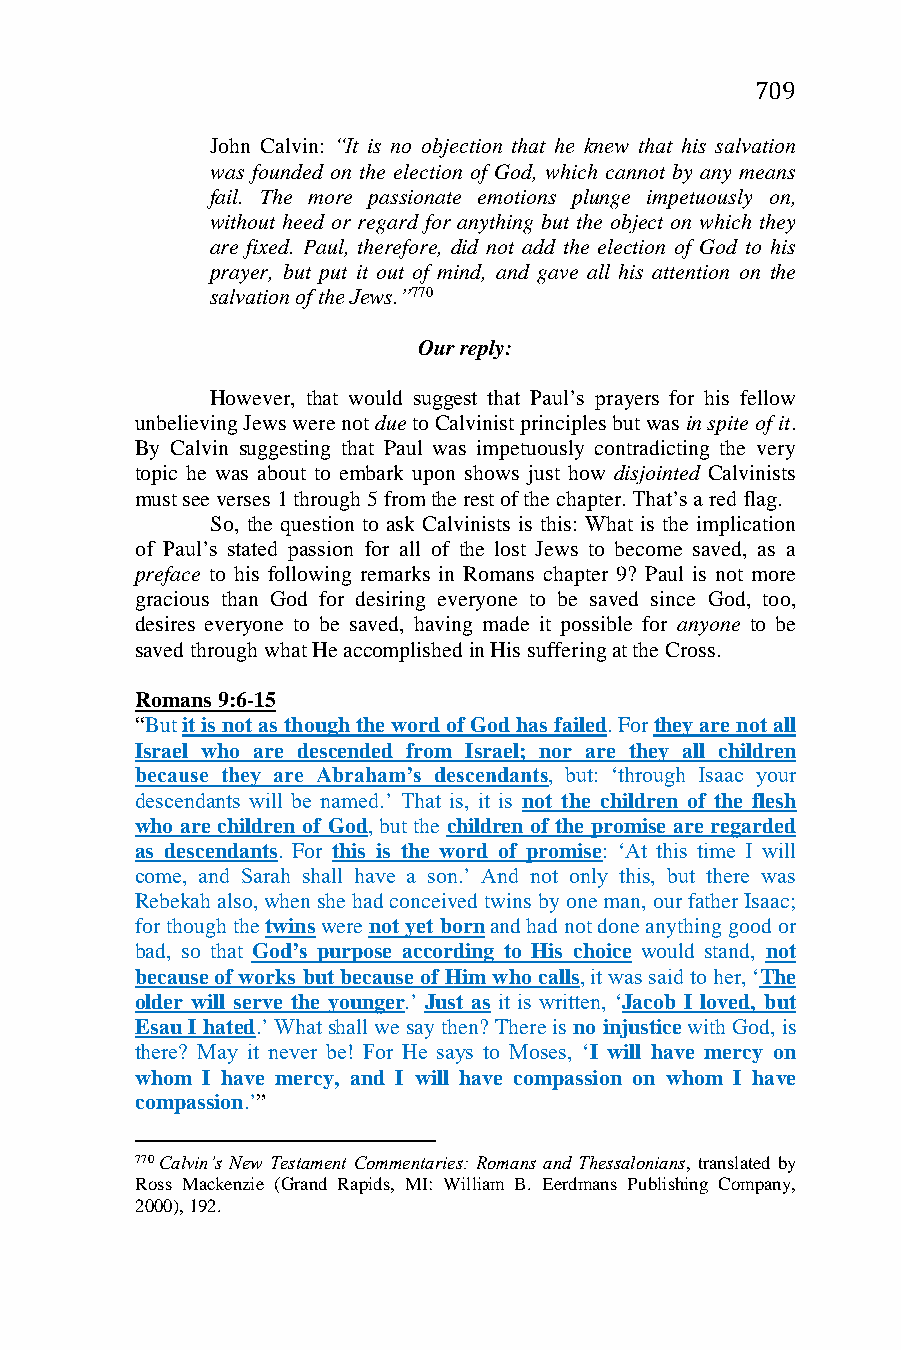
709
 John Calvin: “It is no objection that he knew that his salvation
 was founded on the election of God, which cannot by any means
 fail. The more passionate emotions plunge impetuously on,
 without heed or regard for anything but the object on which they
 are fixed. Paul, therefore, did not add the election of God to his
 prayer, but put it out of mind, and gave all his attention on the
 salvation of the Jews.”770
 Our reply:
 However, that would suggest that Paul’s prayers for his fellow
 unbelieving Jews were not due to Calvinist principles but was in spite of it.
 By Calvin suggesting that Paul was impetuously contradicting the very
 topic he was about to embark upon shows just how disjointed Calvinists
 must see verses 1 through 5 from the rest of the chapter. That’s a red flag.
 So, the question to ask Calvinists is this: What is the implication
 of Paul’s stated passion for all of the lost Jews to become saved, as a
 preface to his following remarks in Romans chapter 9? Paul is not more
 gracious than God for desiring everyone to be saved since God, too,
 desires everyone to be saved, having made it possible for anyone to be
 saved through what He accomplished in His suffering at the Cross.
 Romans 9:6-15
 “But it is not as though the word of God has failed. For they are not all
 Israel who are descended from Israel; nor are they all children
 because they are Abraham’s descendants, but: ‘through Isaac your
 descendants will be named.’ That is, it is not the children of the flesh
 who are children of God, but the children of the promise are regarded
 as descendants. For this is the word of promise: ‘At this time I will
 come, and Sarah shall have a son.’ And not only this, but there was
 Rebekah also, when she had conceived twins by one man, our father Isaac;
 for though the twins were not yet born and had not done anything good or
 bad, so that God’s purpose according to His choice would stand, not
 because of works but because of Him who calls, it was said to her, ‘The
 older will serve the younger.’ Just as it is written, ‘Jacob I loved, but
 Esau I hated.’ What shall we say then? There is no injustice with God, is
 there? May it never be! For He says to Moses, ‘I will have mercy on
 whom I have mercy, and I will have compassion on whom I have
 compassion.’”
 770 Calvin’s New Testament Commentaries: Romans and Thessalonians, translated by
 Ross Mackenzie (Grand Rapids, MI: William B. Eerdmans Publishing Company,
 2000), 192.